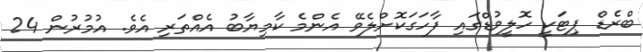
ބްރެޑް ޕިޓަކީ ހޮލީވުޑްގައި ފާހަގަކޮށްލެވޭ އެންމެ ކާމިޔާބު އެއްތަރި އެވެ. އުމުރުން 24